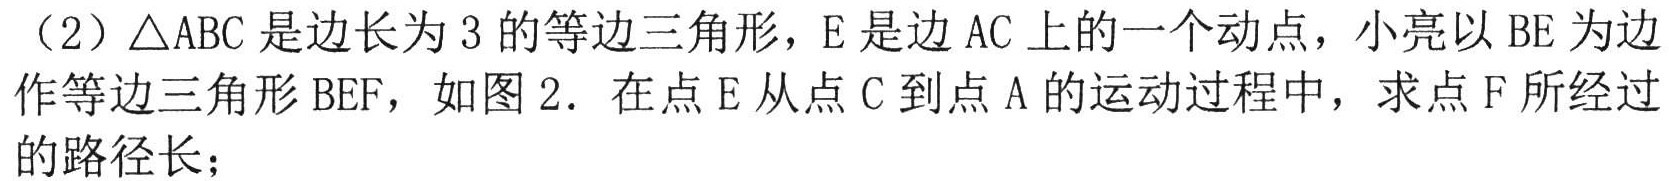
（2）\(\triangle ABC\)是边长为\(3\)的等边三角形，\(E\)是边\(AC\)上的一个动点，小亮以\(BE\)为边作等边三角形\(BEF\)，如图2．在点\(E\)从点\(C\)到点\(A\)的运动过程中，求点\(F\)所经过的路径长；